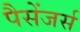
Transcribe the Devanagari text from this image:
पैसेंजर्स